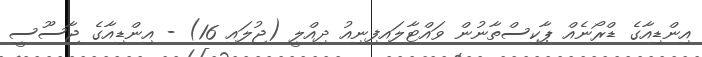
އިންޑިއާގެ ޑްރޯނެއް ޕާކިސްތާނުން ވައްޓާލައިފިނިއު ދިއްލީ (ޖުލައި 16) - އިންޑިއާގެ ޖާސޫސީ